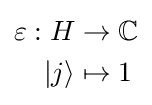
{\begin{aligned}\varepsilon :H&\to \mathbb {C} \\|j\rangle &\mapsto 1\\\end{aligned}}